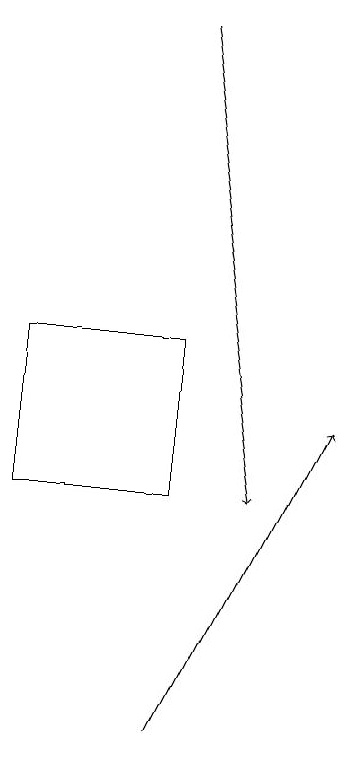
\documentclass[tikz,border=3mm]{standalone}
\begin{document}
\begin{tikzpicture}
\draw[->] (7,10) -- (9,14);
\draw (7,13) rectangle (5,15);
\draw[->] (7,19) -- (8,13);
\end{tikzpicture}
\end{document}